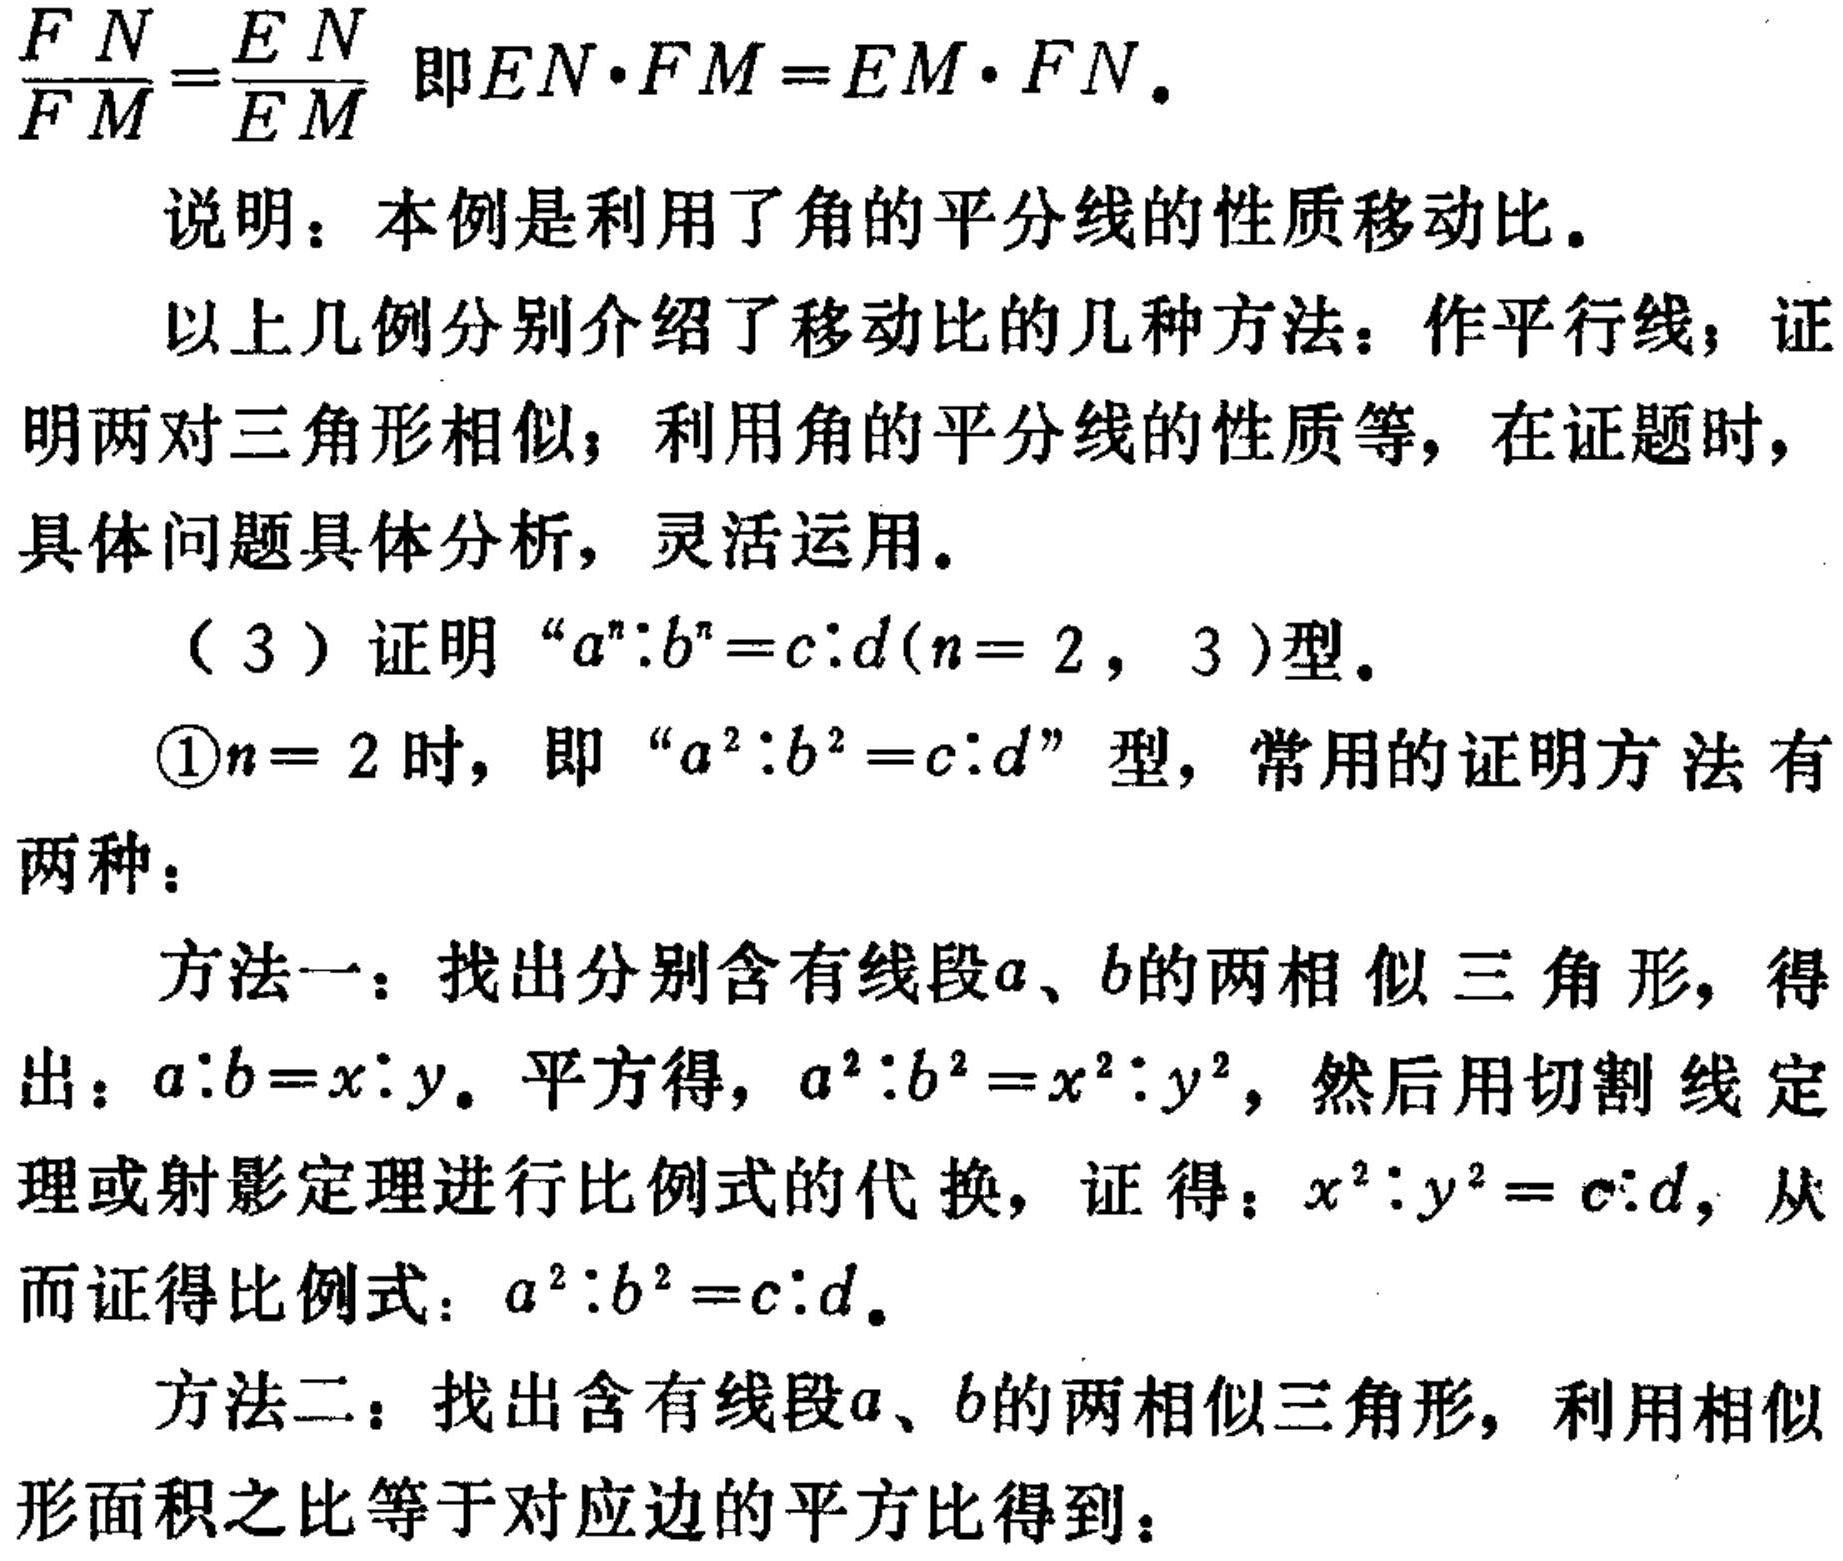
$\frac{FN}{FM}=\frac{EN}{EM}$即$EN\cdot FM = EM\cdot FN$.
说明：本例是利用了角的平分线的性质移动比。
以上几例分别介绍了移动比的几种方法：作平行线；证明两对三角形相似；利用角的平分线的性质等，在证题时，具体问题具体分析，灵活运用。
（3）证明“$a^{n}:b^{n}=c:d(n = 2,3)$型。
\textcircled{1}$n = 2$时，即“$a^{2}:b^{2}=c:d$”型，常用的证明方法有两种：
方法一：找出分别含有线段$a$、$b$的两相似三角形，得出：$a:b=x:y$。平方得，$a^{2}:b^{2}=x^{2}:y^{2}$，然后用切割线定理或射影定理进行比例式的代换，证得：$x^{2}:y^{2}=c:d$，从而证得比例式：$a^{2}:b^{2}=c:d$。
方法二：找出含有线段$a$、$b$的两相似三角形，利用相似形面积之比等于对应边的平方比得到：